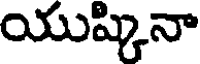
యుష్కినా